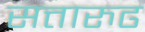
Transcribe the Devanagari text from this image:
सत्तारुढ